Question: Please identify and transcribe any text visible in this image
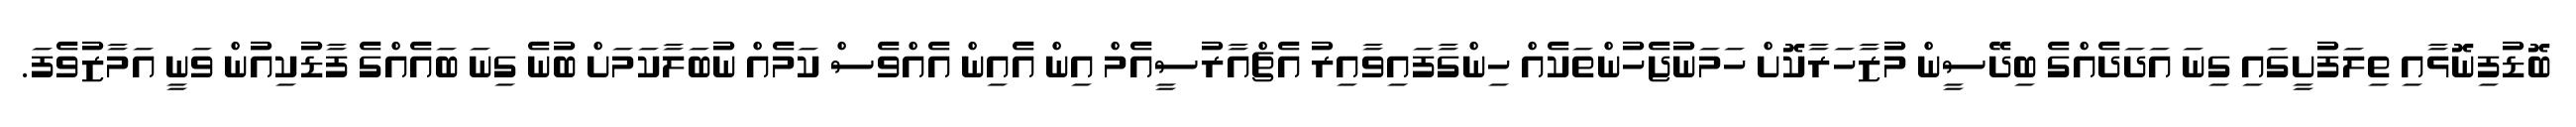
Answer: ބޮޑުފިނޮޅާއި ތިލަފުށީގައި ގިނަ އަދަދެއްގެ ބިދޭސީން މުޒާހަރާކޮށް ހަމަނުޖެހުންތަކެއް ހިންގާފައިވާއިރު އެޗްއާރުސީއެމް އިން އެއިން އެއްވެސް ކަމެއް ނުބަލާކަމަށް ބުނެ ގިނަ ބައެއްގެ ފާޑުކިއުން ވަނީ އަމާޒުވެފަ.